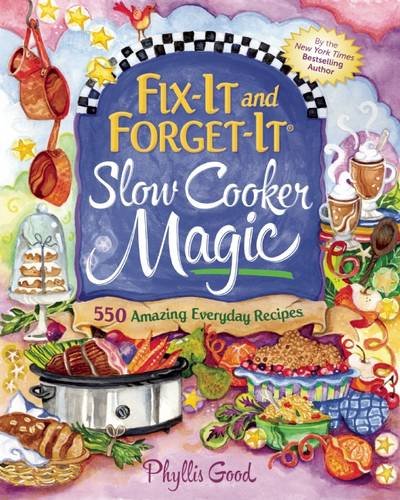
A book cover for Fix-It and Forget-It Slow Cooker Magic: 550 Amazing Everyday Recipes; Phyllis Good; Cookbooks, Food & Wine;